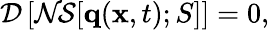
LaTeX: \mathcal{D}\left[\mathcal{NS}[\mathbf{q}(\mathbf{x},t);S]\right]=0,